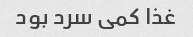
غذا کمی سرد بود